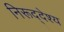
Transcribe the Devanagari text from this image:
निरूद्देश्य